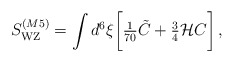
\begin{align*}S_{\rm WZ}^{(M5)} = \int d^6\xi \biggl [{\textstyle {1\over 70}}\tilde {C} +{\textstyle {3\over 4}} {\cal H}C\biggr ]\, ,\end{align*}